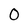
Character: 0